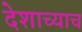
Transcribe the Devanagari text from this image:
देशाच्याच